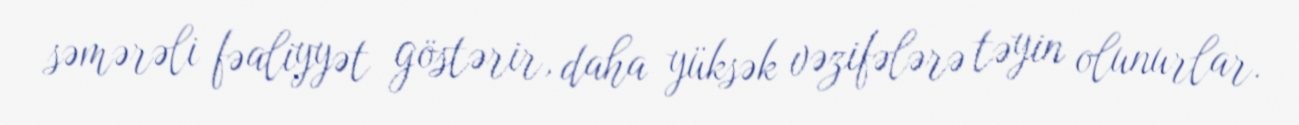
səmərəli fəaliyyət göstərir, daha yüksək vəzifələrə təyin olunurlar.